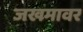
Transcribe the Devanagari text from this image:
जखमावर